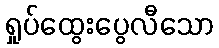
ရှုပ်ထွေးပွေလီသော